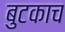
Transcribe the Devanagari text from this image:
बुटकाच